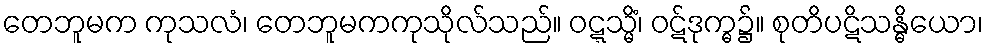
တေဘူမက ကုသလံ၊ တေဘူမကကုသိုလ်သည်။ ဝဋ္ဋသ္မိံ၊ ဝဋ်ဒုက္ဓ၌။ စုတိပဋိသန္ဓိယော၊